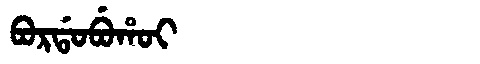
Manchu: ᠪᠣᡵᡩᠣᠪᡠᡥᠣᡳ
Romanization: BORDOBUHOI